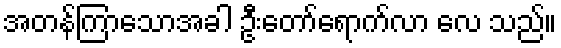
အတန်ကြာသောအခါ ဦးတော်ရောက်လာ လေ သည်။